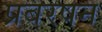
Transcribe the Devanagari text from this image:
प्रबरषन